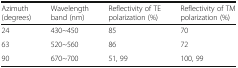
<table><thead><tr><td><b>Azimuth (degrees)</b></td><td><b>Wavelength band (nm)</b></td><td><b>Reflectivity of TE polarization (%)</b></td><td><b>Reflectivity of TM polarization (%)</b></td></tr></thead><tbody><tr><td>24</td><td>430~450</td><td>85</td><td>70</td></tr><tr><td>63</td><td>520~560</td><td>86</td><td>72</td></tr><tr><td>90</td><td>670~700</td><td>51, 99</td><td>100, 99</td></tr></tbody></table>